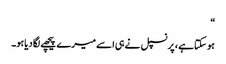
“
ہو سکتاہے ، پرنسپل نے ہی اسے میرے پیچھے لگا دیاہو۔